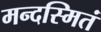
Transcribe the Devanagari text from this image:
मन्दस्मितं